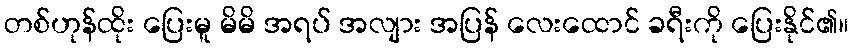
တစ်ဟုန်ထိုး ပြေးမူ မိမိ အရပ် အလျား အပြန် လေးထောင် ခရီးကို ပြေးနိုင်၏။